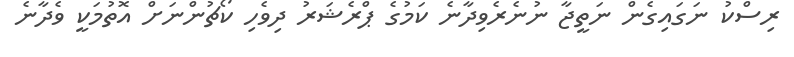
ރިސްކު ނަގައިގެން ނަތީޖާ ނުނެރެވިދާނެ ކަމުގެ ޕްރެޝަަރު ދިވެހި ކޯޗުންނަށް އޮތުމަކީ ވެދާނެ